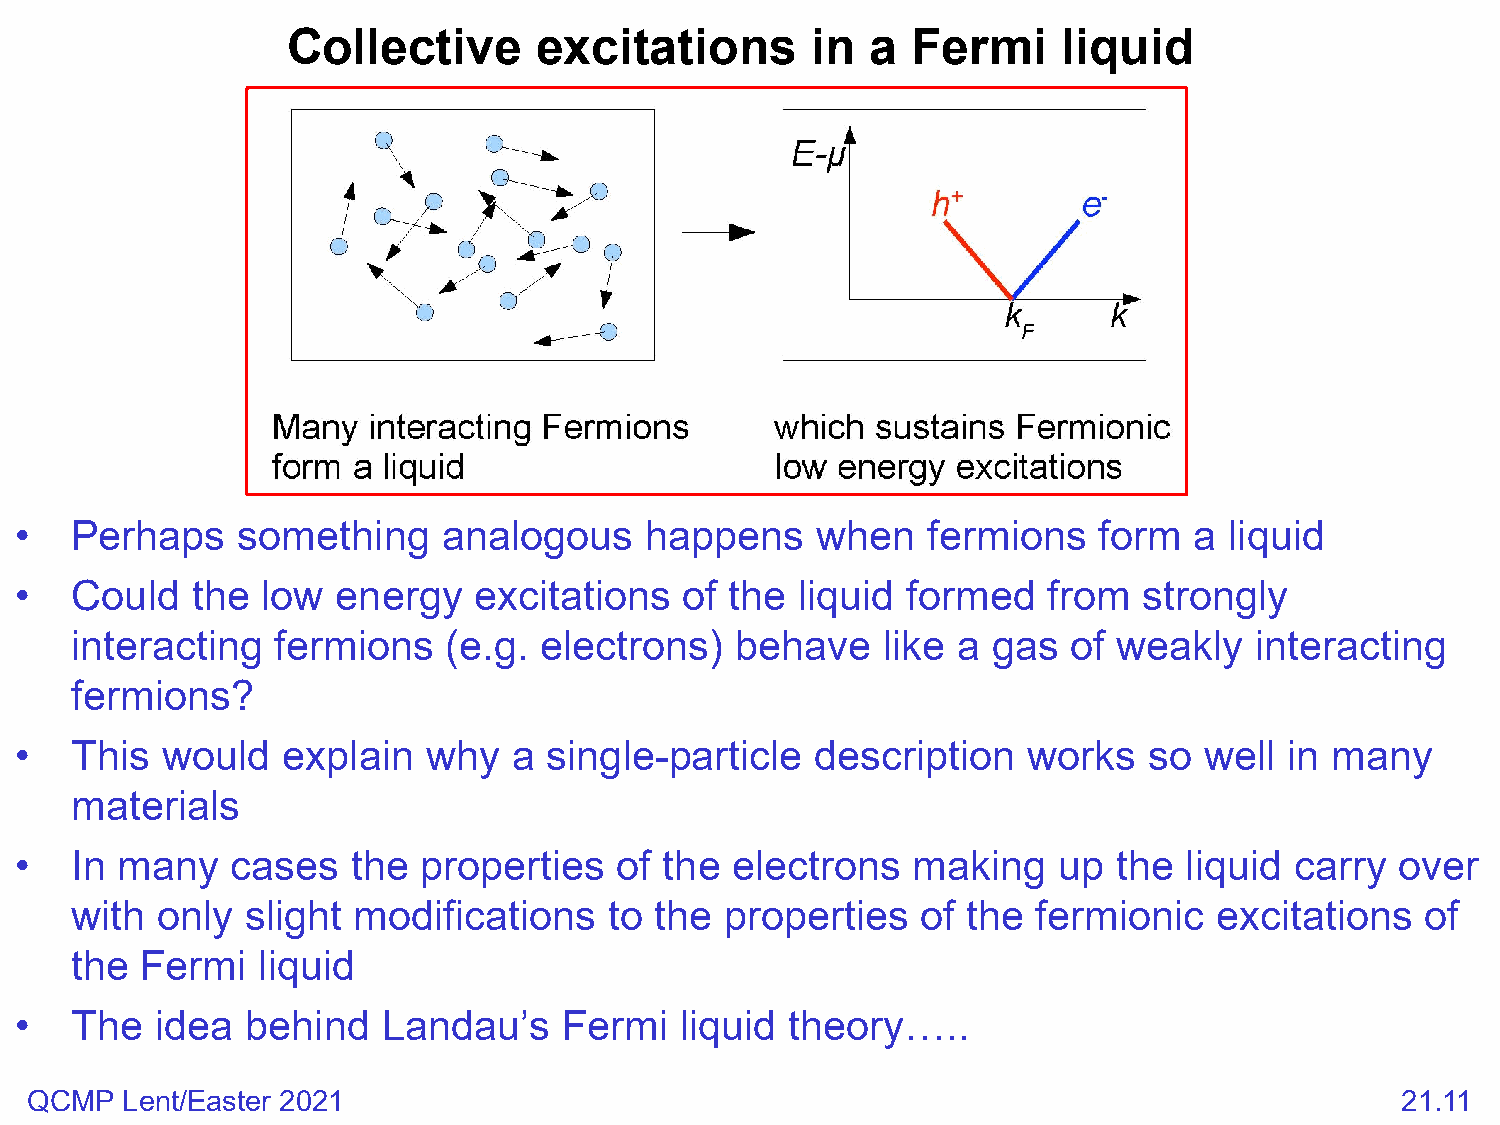
Collective       excitations       in  a Fermi     liquid
 •   Perhaps    something    analogous     happens    when   fermions    form  a liquid
 •   Could   the low  energy   excitations   of the  liquid formed   from   strongly
 interacting  fermions    (e.g. electrons)   behave   like a  gas  of weakly   interacting
 fermions?
 •   This  would   explain  why   a single-particle   description   works   so  well in many
 materials
 •   In many   cases   the  properties   of the electrons   making    up  the liquid  carry  over
 with only  slight modifications    to the  properties   of the  fermionic   excitations  of
 the Fermi   liquid
 •   The  idea  behind   Landau’s    Fermi   liquid theory…..
 QCMP  Lent/Easter 2021                                                                     21.11